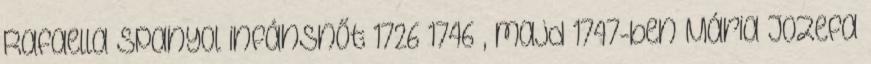
Rafaella spanyol infánsnőt 1726–1746 , majd 1747-ben Mária Jozefa